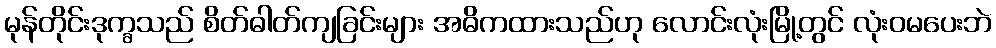
မုန်တိုင်းဒုက္ခသည် စိတ်ဓါတ်ကျခြင်းများ အဓိကထားသည်ဟု လောင်းလုံးမြို့တွင် လုံးဝမပေးဘဲ